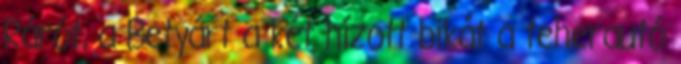
Rárót, a Betyárt a két hízott bikát a teherautó